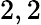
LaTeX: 2,2